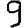
Digit: 9